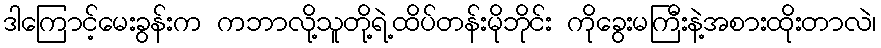
ဒါကြောင့်မေးခွန်းက ကဘာလို့သူတို့ရဲ့ထိပ်တန်းမိုဘိုင်း ကိုခွေးမကြီးနဲ့အစားထိုးတာလဲ၊